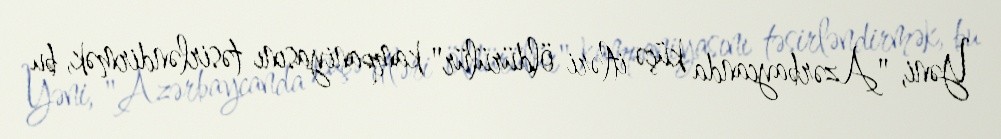
Yəni, "Azərbaycanda küçə itləri öldürülür" kampaniyasını təsirləndirmək, bu